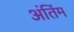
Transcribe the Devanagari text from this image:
अंतिंम